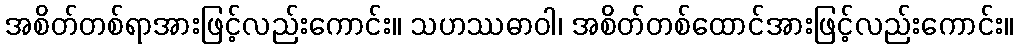
အစိတ်တစ်ရာအားဖြင့်လည်းကောင်း။ သဟဿဓာဝါ၊ အစိတ်တစ်ထောင်အားဖြင့်လည်းကောင်း။